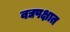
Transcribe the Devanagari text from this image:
वद्यपक्षात